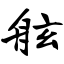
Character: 舷